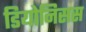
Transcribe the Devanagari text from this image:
डियोनिसस